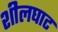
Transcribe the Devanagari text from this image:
शीलघाट